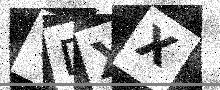
Text: TDXX